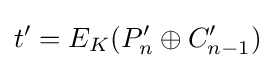
t'=E_{K}(P_{n}'\oplus C_{n-1}')